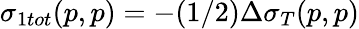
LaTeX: \sigma_{1tot}(p,p)=-(1/2)\Delta\sigma_{T}(p,p)